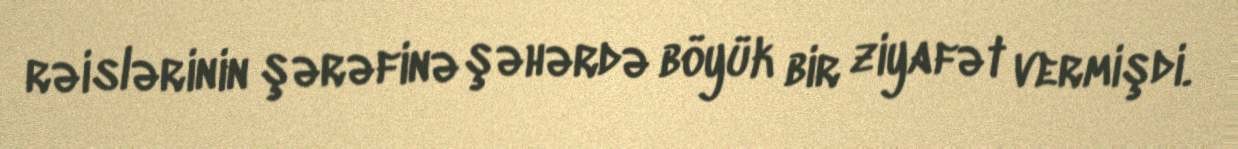
rəislərinin şərəfinə şəhərdə böyük bir ziyafət vermişdi.